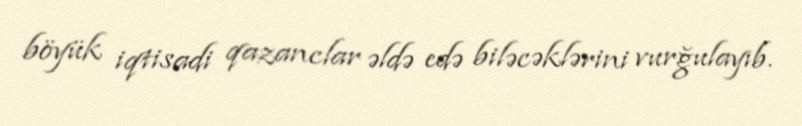
böyük iqtisadi qazanclar əldə edə biləcəklərini vurğulayıb.